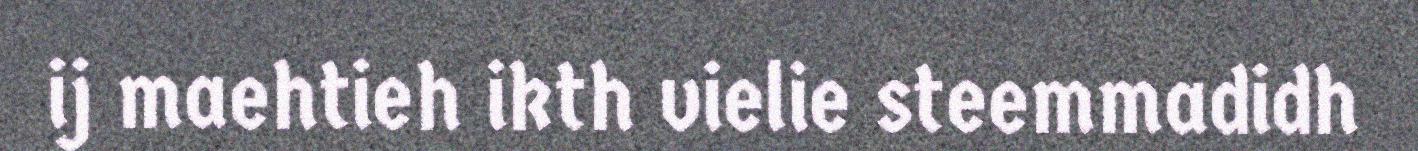
ij maehtieh ikth vielie steemmadidh